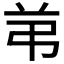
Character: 𰰣